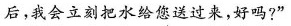
后，我会立刻把水给您送过来，好吗?”